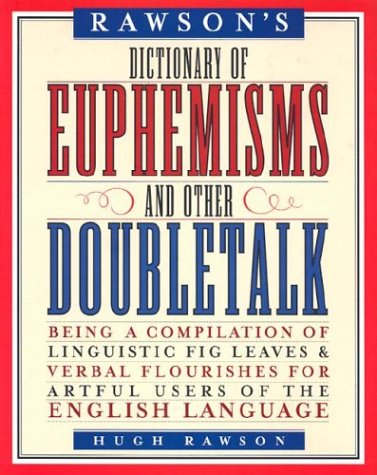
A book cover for Rawson's Dictionary of Euphemisms and Other Doubletalk: Being a Compilation of Linguistic Fig Leaves and Verbal Flourishes for Artful Users of the Eng; Hugh Rawson; Reference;